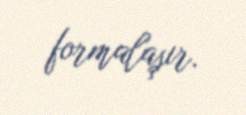
formalaşır.